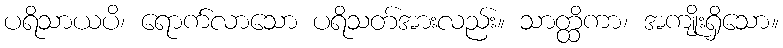
ပရိသာယပိ၊ ရောက်လာသော ပရိသတ်အားလည်း။ သာတ္ထိကာ၊ အကျိုးရှိသော။